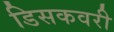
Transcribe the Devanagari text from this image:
डिसकवरी